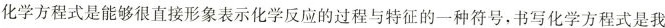
化学方程式是能够很直接形象表示化学反应的过程与特征的一种符号，书写化学方程式是我